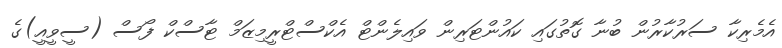
އެމެރިކާ ސަރުކާރުން ބުނާ ގޮތުގައި ކައުންޓަރިން ވައިލެންޓް އެކްސްޓްރީމިޒަމް ޓާސްކް ފޯސް (ސީވީއީ)ގެ